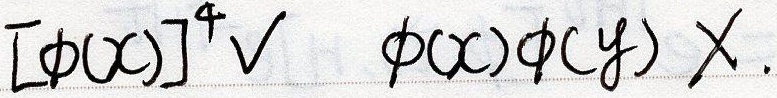
\([\phi(x)]^4 \cdot \phi(x)\phi(y)\)